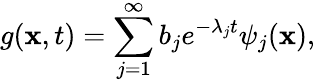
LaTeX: g(\mathbf{x},t)=\sum_{j=1}^{\infty}b_{j}e^{-\lambda_{j}t}\psi_{j}(\mathbf{x}),